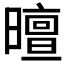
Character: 𣋊